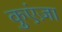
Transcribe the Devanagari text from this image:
कुएंज़ा